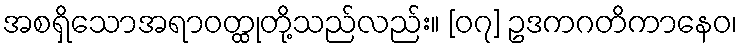
အစရှိသောအရာဝတ္ထုတို့သည်လည်း။ [၀၇] ဥဒကဂတိကာနေဝ၊